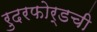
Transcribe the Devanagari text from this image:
रुदरफोर्डची